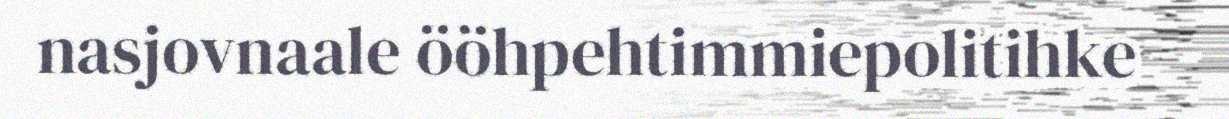
nasjovnaale ööhpehtimmiepolitihke